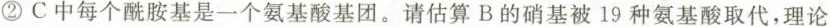
②C中每个酰胺基是一个氨基酸基团。请估算B的硝基被19种氨基酸取代，理论